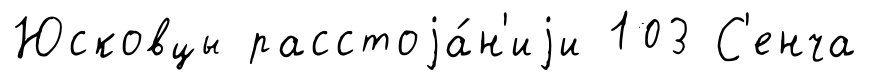
Юсковцы расстоjа́н'иjи 103 С'енча